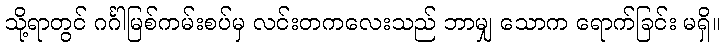
သို့ရာတွင် ဂင်္ဂါမြစ်ကမ်းစပ်မှ လင်းတကလေးသည် ဘာမျှ သောက ရောက်ခြင်း မရှိ။